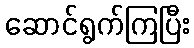
ဆောင်ရွက်ကြပြီး